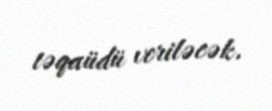
təqaüdü veriləcək.